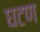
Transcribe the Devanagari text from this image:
घटण